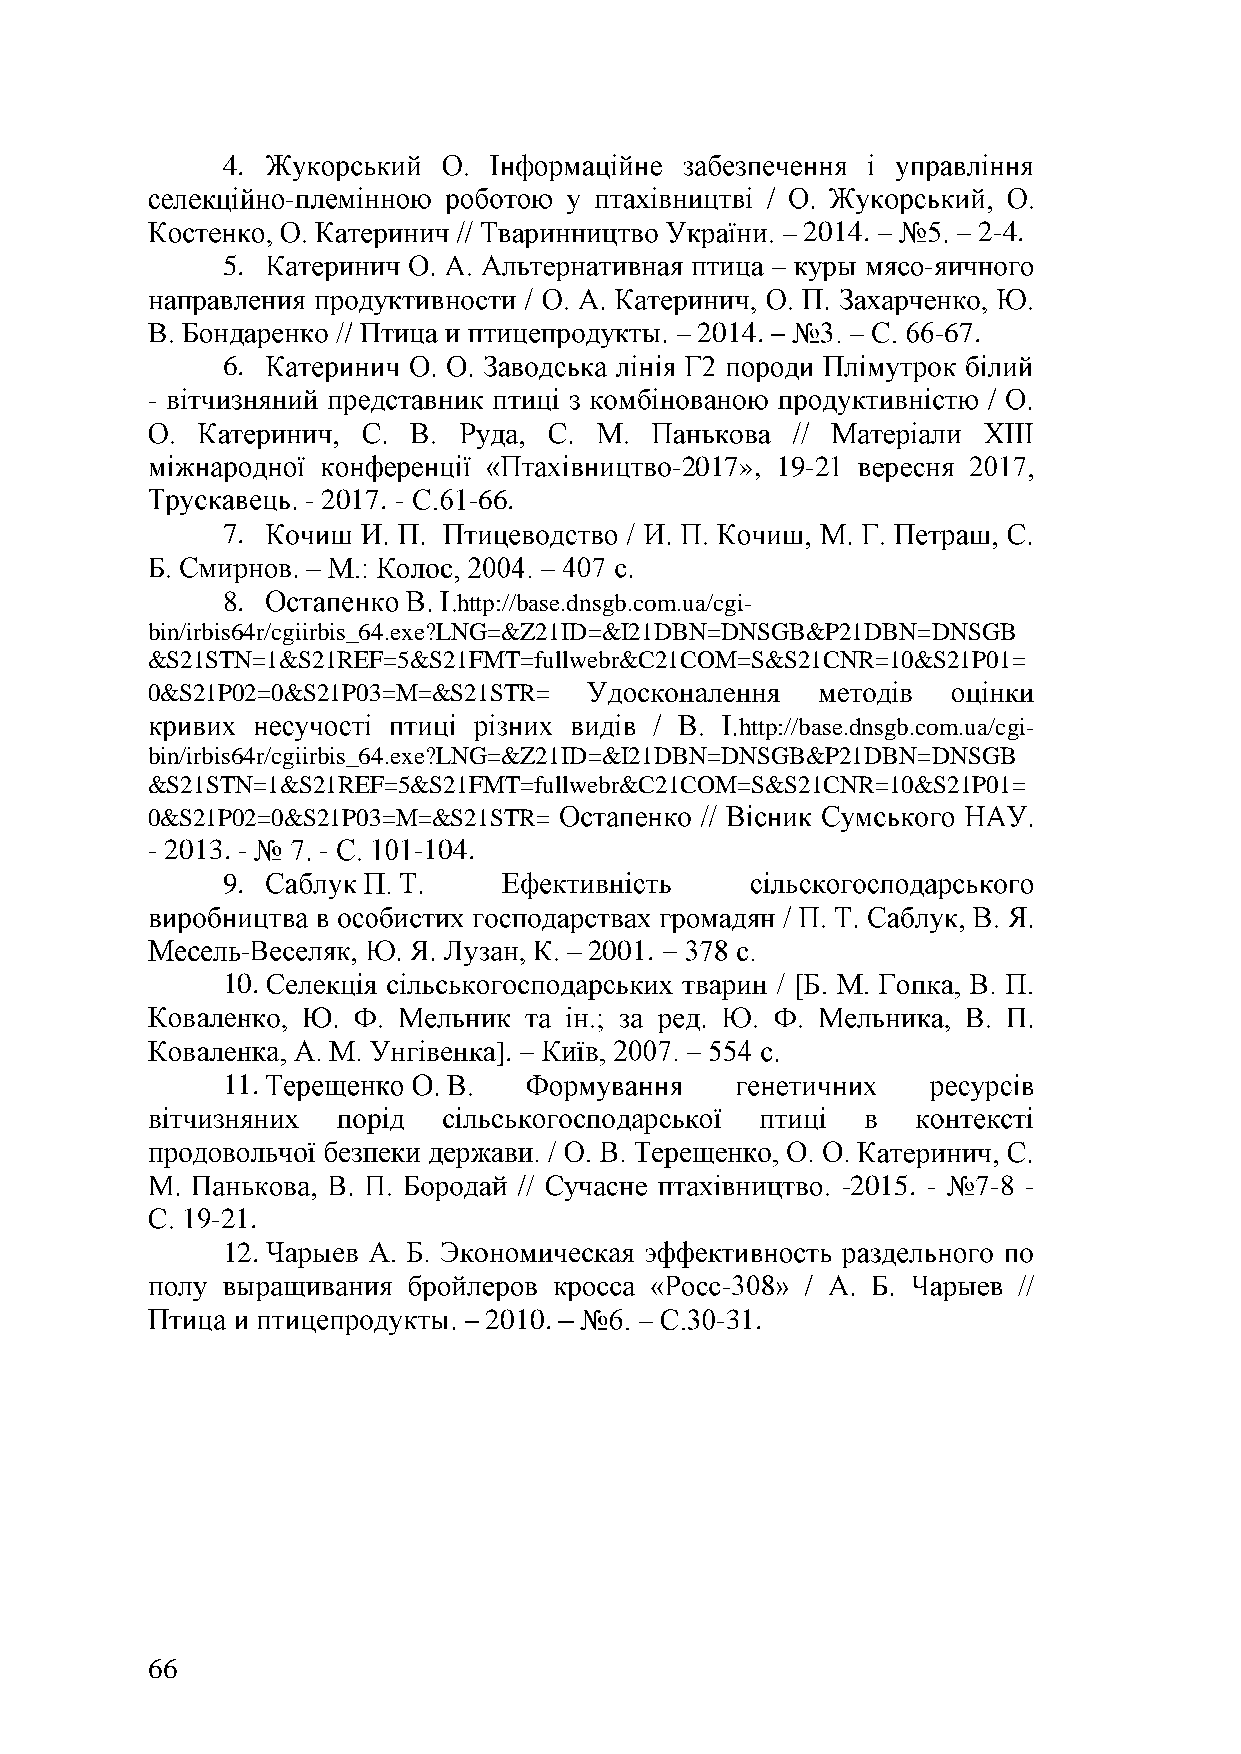
4.
 -
 2014.       2-4.
 5.                                            -
 2014.           -67.
 6.
 -
 -2017», 19-2
 - 2017. -  -66.
 7.
 8.             http://base.dnsgb.com.ua/cgi-
 bin/irbis64r/cgiirbis_64.exe?LNG=&Z21ID=&I21DBN=DNSGB&P21DBN=DNSGB
 &S21STN=1&S21REF=5&S21FMT=fullwebr&C21COM=S&S21CNR=10&S21P01=
 0&S21P02=0&S21P03=M=&S21STR=
 http://base.dnsgb.com.ua/cgi-
 bin/irbis64r/cgiirbis_64.exe?LNG=&Z21ID=&I21DBN=DNSGB&P21DBN=DNSGB
 &S21STN=1&S21REF=5&S21FMT=fullwebr&C21COM=S&S21CNR=10&S21P01=
 0&S21P02=0&S21P03=M=&S21STR=
 - 2013. -  -     -104.
 9.
 -                      2001.
 10.
 ].
 11.
 -2015. -  -8 -
 -21.
 12.
 -
 2010.          -31.
 66